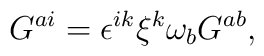
G^{ai} = \epsilon^{ik} \xi^{k} \omega_{b} G^{ab},